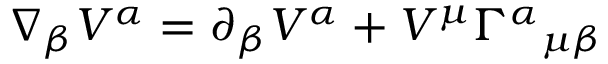
\nabla _ { \beta } V ^ { \alpha } = \partial _ { \beta } V ^ { \alpha } + V ^ { \mu } \Gamma ^ { \alpha } { } _ { \mu \beta }